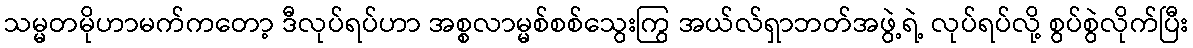
သမ္မတမိုဟာမက်ကတော့ ဒီလုပ်ရပ်ဟာ အစ္စလာမ္မစ်စစ်သွေးကြွ အယ်လ်ရှာဘတ်အဖွဲ့ရဲ့ လုပ်ရပ်လို့ စွပ်စွဲလိုက်ပြီး